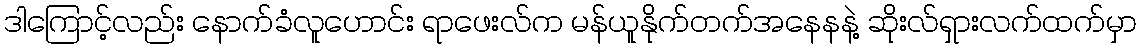
ဒါကြောင့်လည်း နောက်ခံလူဟောင်း ရာဖေးလ်က မန်ယူနိုက်တက်အနေနနဲ့ ဆိုးလ်ရှားလက်ထက်မှာ